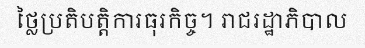
ថ្លៃប្រតិបត្តិការធុរកិច្ច។ រាជរដ្ឋាភិបាល